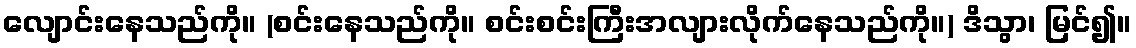
လျောင်းနေသည်ကို။ (စင်းနေသည်ကို။ စင်းစင်းကြီးအလျားလိုက်နေသည်ကို။) ဒိသွာ၊ မြင်၍။